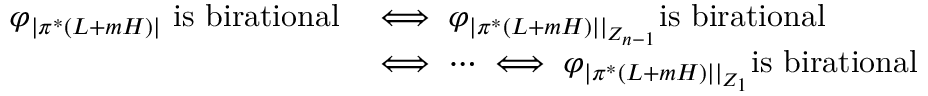
\begin{array} { r l } { \varphi _ { | \pi ^ { * } ( L + m H ) | } \mathrm { ~ i s ~ b i r a t i o n a l } } & { \iff \varphi _ { | \pi ^ { * } ( L + m H ) | | _ { Z _ { n - 1 } } } \mathrm { i s ~ b i r a t i o n a l } } \\ & { \iff \cdots \iff \varphi _ { | \pi ^ { * } ( L + m H ) | | _ { Z _ { 1 } } } \mathrm { i s ~ b i r a t i o n a l } } \end{array}